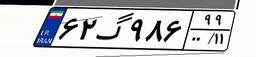
۶۲گ۹۸۶۹۹